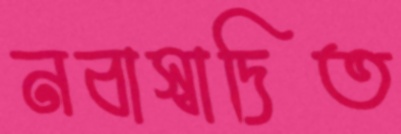
নবাস্বাদিত